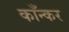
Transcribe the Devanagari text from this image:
काँन्कर